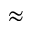
\approx